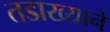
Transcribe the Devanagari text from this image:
तडाख्याने